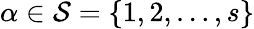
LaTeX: {\alpha\in\mathcal S=\{ 1,2,\dots,s\} }